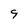
Character: 9